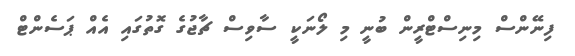
ފިނޭންސް މިނިސްޓްރީން ބުނީ މި ލޯނަކީ ސާވިސް ޗާޖުގެ ގޮތުގައި އެއް ޕަސެންޓް